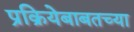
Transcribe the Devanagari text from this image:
प्रक्रियेबाबतच्या